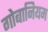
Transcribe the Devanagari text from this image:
गोबानियम